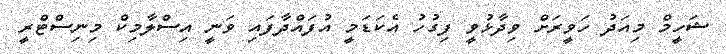
ޝަހީމް މިއަދު ހަވީރަށް ވިދާޅުވީ ފިގުހު އެކަޑަމީ އުފައްދާފައި ވަނީ އިސްލާމިކް މިނިސްޓްރީ